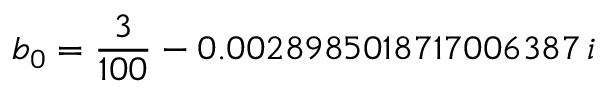
b _ { 0 } = \frac { 3 } { 1 0 0 } - 0 . 0 0 2 8 9 8 5 0 1 8 7 1 7 0 0 6 3 8 7 \, i